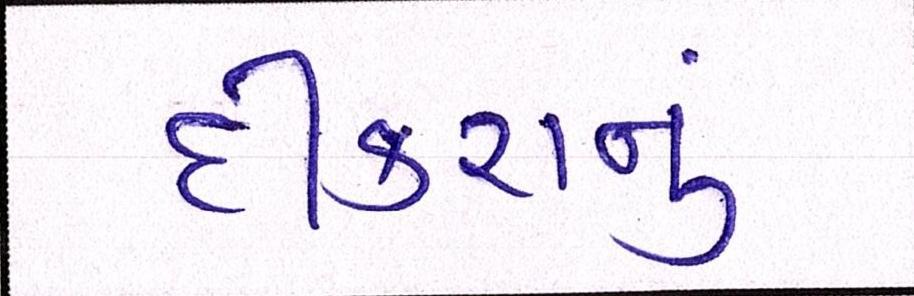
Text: દીકરાનું